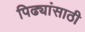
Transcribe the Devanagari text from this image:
पिढ्यांसाठी